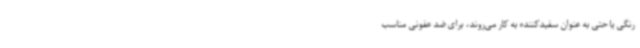
رنگی یا حتی به عنوان سفیدکننده به‌ کار می‌روند، برای ضد عفونی مناسب